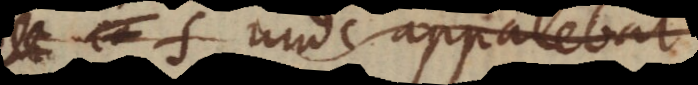
unde apparebat